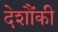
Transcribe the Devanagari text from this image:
देशौंकी